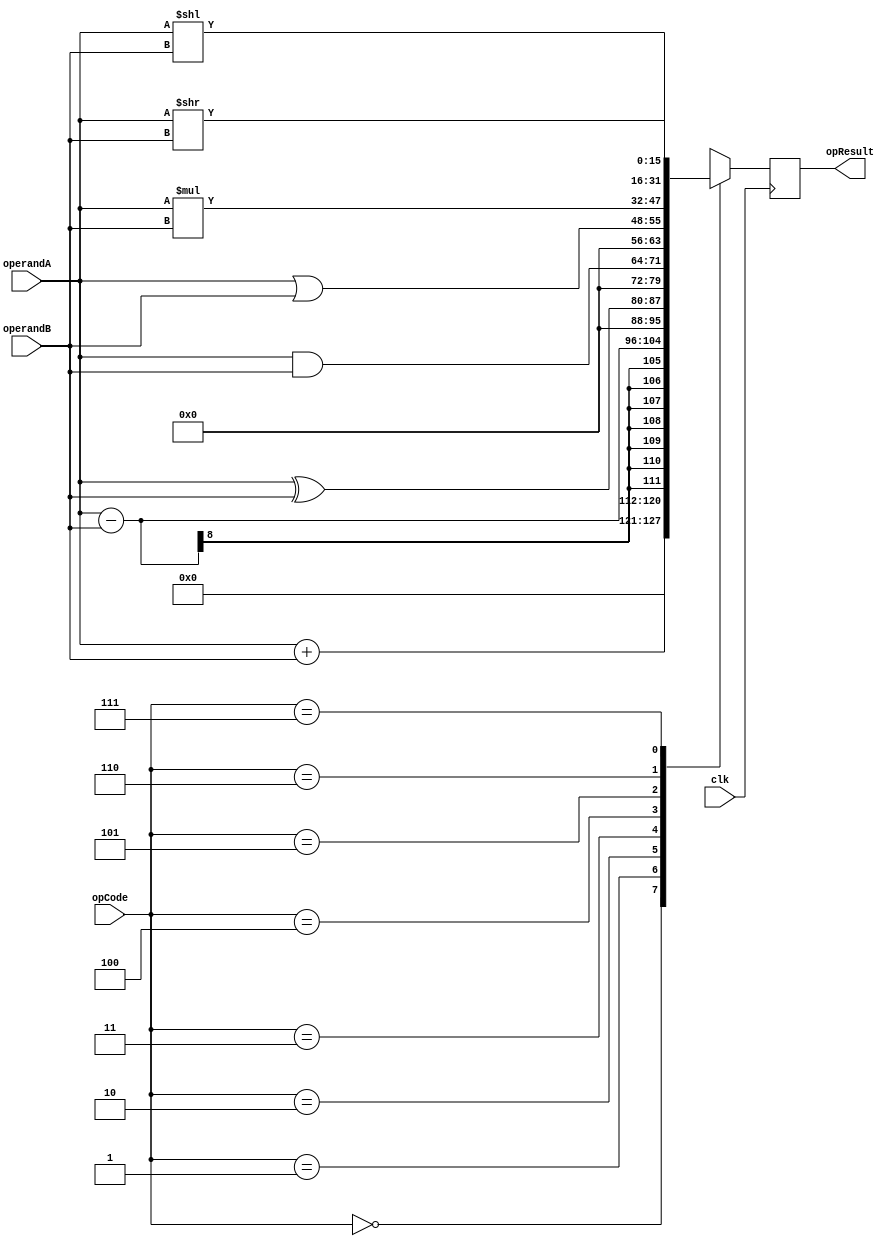
module alu (
  input    clk,
  input  [7:0]  operandA,
  input  [7:0]  operandB,
  input  [2:0]  opCode,
  output [15:0] opResult
);

	reg [15:0] out;
  always @(posedge clk)
  begin
  // TODO: add code here for the ALU; remember to either
  //       change opResult to a output reg ... type, or
  //       to declare a reg to assign in this procedure
  //       and then assign opResult = your_reg
  //this section of the code is the one where the critical path is
  case (opCode)
		3'b000: out = operandA + operandB;
		3'b001: out = operandA - operandB;
		3'b010: out = operandA ^ operandB;
		3'b011: out = operandA & operandB;
		3'b100: out = operandA | operandB;
		3'b101: out = operandA * operandB;
		3'b110: out = operandA << operandB;
		3'b111: out = operandA >> operandB;
  endcase
  end
  assign opResult = out;
  
endmodule